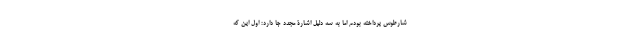
شارطوس پرداخته بودم اما به سه دلیل اشارۀ مجدد جا دارد: اول این که